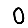
Digit: 0